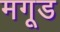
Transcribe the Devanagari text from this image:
मगूड